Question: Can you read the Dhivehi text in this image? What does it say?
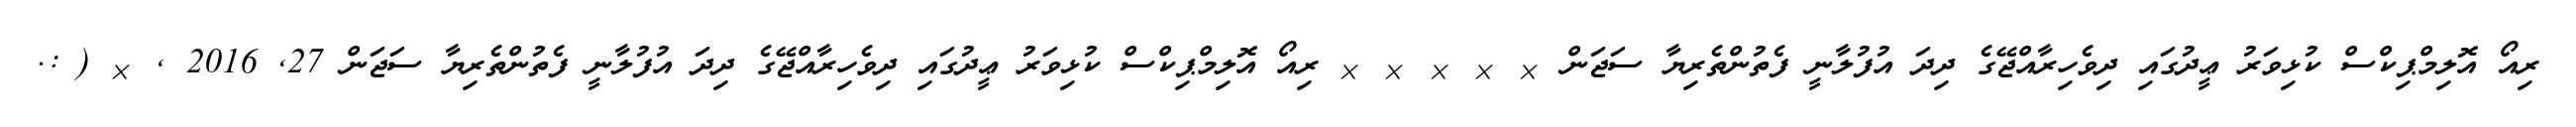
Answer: ރިއޯ އޮލިމްޕިކްސް ކުޅިވަރު ޢީދުގައި ދިވެހިރާއްޖޭގެ ދިދަ އުފުލާނީ ފެތުންތެރިޔާ ސަޖަން & & & & & ރިއޯ އޮލިމްޕިކްސް ކުޅިވަރު ޢީދުގައި ދިވެހިރާއްޖޭގެ ދިދަ އުފުލާނީ ފެތުންތެރިޔާ ސަޖަން 27, 2016 , & ( :.